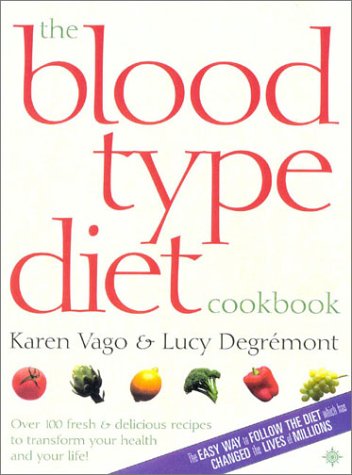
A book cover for The Blood Type Diet Cookbook: 100 Fresh and Delicious Recipes to Transform your Health and your Life!; Karen Vago; Health, Fitness & Dieting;